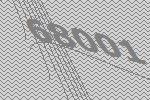
68001